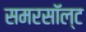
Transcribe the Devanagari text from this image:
समरसॉल्ट